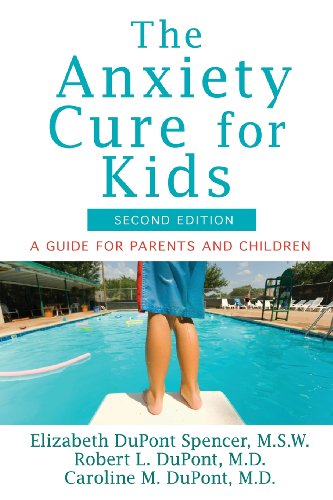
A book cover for The Anxiety Cure for Kids: A Guide for Parents and Children (Second Edition); Elizabeth DuPont Spencer; Self-Help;